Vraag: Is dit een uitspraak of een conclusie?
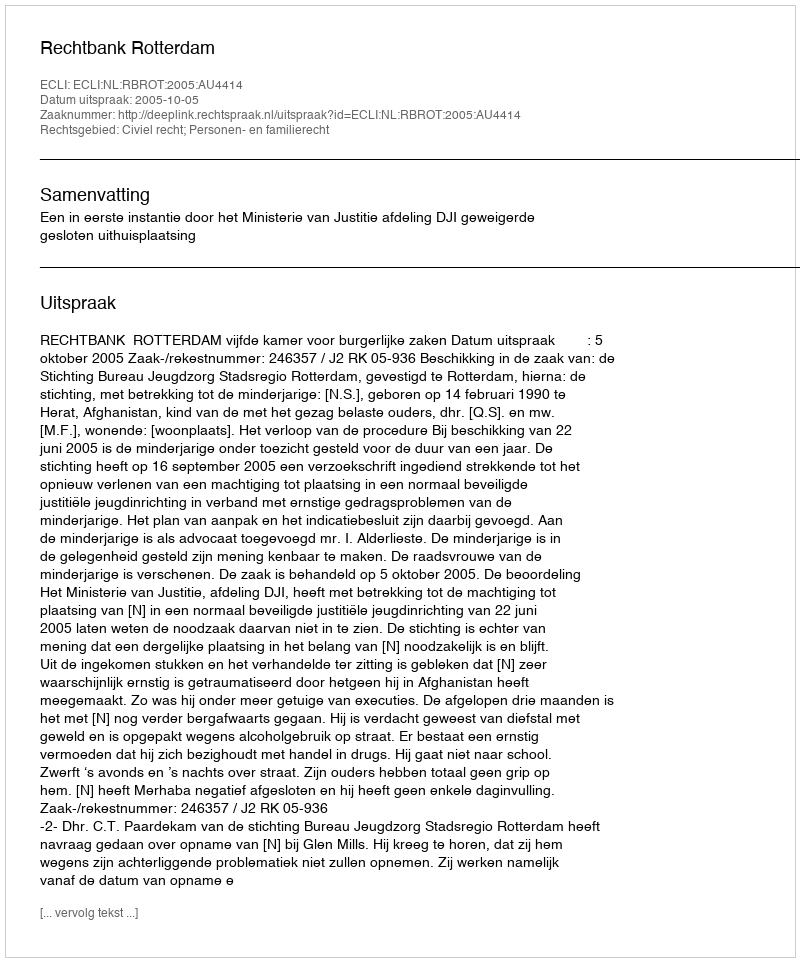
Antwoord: Uitspraak